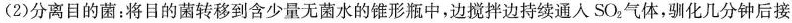
(2)分离目的菌：将目的菌转移到含少量无菌水的锥形瓶中，边搅拌边持续通人SO_{2}气体，驯化几分钟后接